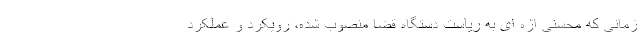
زمانی که محسنی اژه ای به ریاست دستگاه قضا منصوب شده، رویکرد و عملکرد